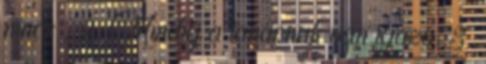
nincs , 2. Mindig a tanárnak van igaza, 3.